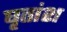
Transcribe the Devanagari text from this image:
घृतांश